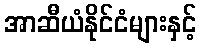
အာဆီယံနိုင်ငံများနှင့်